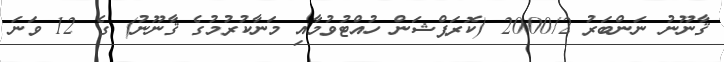
ޤާނޫނު ނަންބަރު 2000/2 (ކޮރަޕްޝަން ހުއްޓުވުމާއި މަނާކުރުމުގެ ޤާނޫނު) ގެ 12 ވަނަ